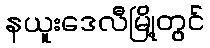
နယူးဒေလီမြို့တွင်